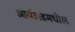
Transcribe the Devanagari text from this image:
आर्यलडमधील